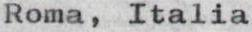
Roma, Italia